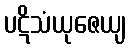
ပဋိသံယုဇေယျ